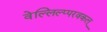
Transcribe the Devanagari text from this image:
वेल्लिल्प्परवकल्